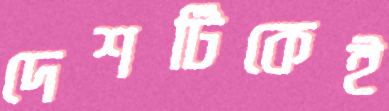
দেশটিকেই